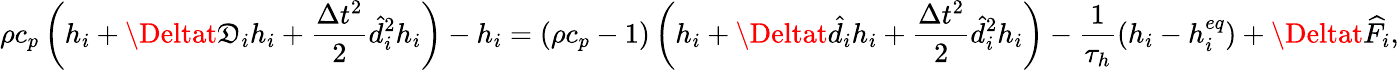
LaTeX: \rho{c_{p}}\left({{h_{i}}+\Deltat{\mathfrak{D}_{i}}{h_{i}}+\frac{{{\Delta{t^{2}}}}}{{2}}\hat{{d}}_{i}^{2}{h_{i}}}\right)-{h_{i}}=\left({\rho{c_{p}}-1}\right)\left({{h_{i}}+\Deltat{{\hat{{d}}}_{i}}{h_{i}}+\frac{{{\Delta{t^{2}}}}}{{2}}\hat{{d}}_{i}^{2}{h_{i}}}\right)-\frac{{1}}{{{{\tau_{h}}}}}\left({{h_{i}}-h_{i}^{eq}}\right)+\Deltat{\widehat{F}_{i}},